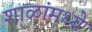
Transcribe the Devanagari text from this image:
शाळांमध्‍ये